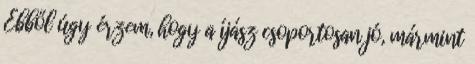
Ebből úgy érzem, hogy a íjász csoportosan jó, mármint